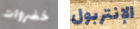
خضروات الإنتربول